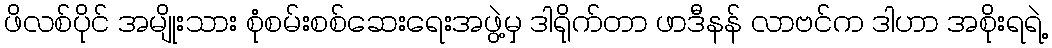
ဖိလစ်ပိုင် အမျိုးသား စုံစမ်းစစ်ဆေးရေးအဖွဲ့မှ ဒါရိုက်တာ ဖာဒီနန် လာဗင်က ဒါဟာ အစိုးရရဲ့